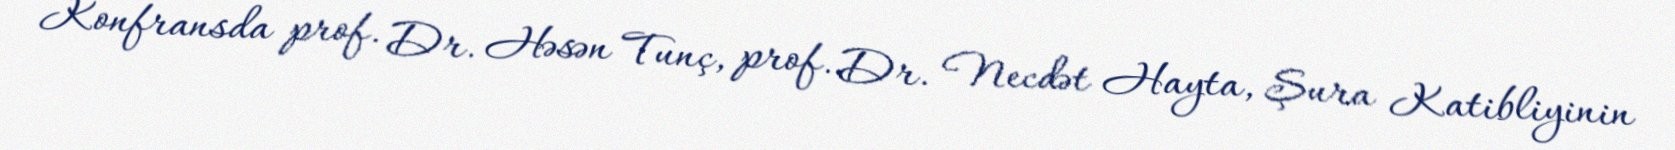
Konfransda prof. Dr. Həsən Tunç, prof. Dr. Necdət Hayta, Şura Katibliyinin